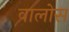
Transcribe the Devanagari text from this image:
वालोस